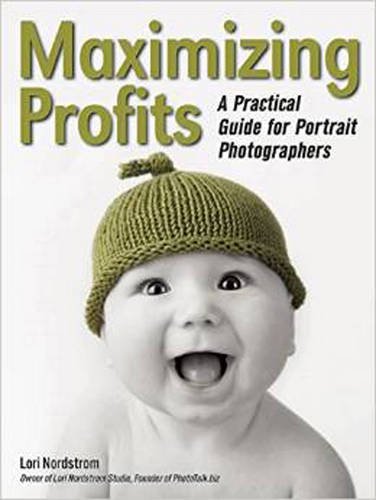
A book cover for Maximizing Profits: A Practical Guide for Portrait Photographers; Lori Nordstrom; Arts & Photography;